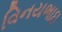
વિનયભાઇ